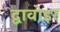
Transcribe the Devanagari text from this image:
द्वावोइर